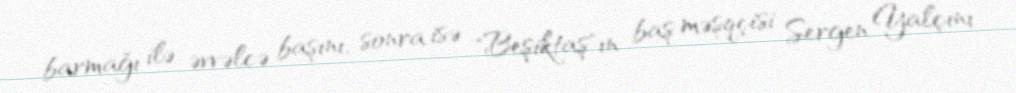
barmağı ilə əvvəlcə başını, sonra isə "Beşiktaş"ın baş məşqçisi Sergen Yalçını